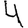
Digit: 4